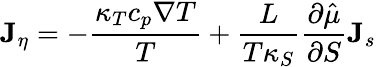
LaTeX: {\mathbf J}_{\eta}=-\frac{\kappa_{T}c_{p}\nabla T}{T}+\frac{L}{T\kappa_{S}}\frac{\partial\hat{\mu}}{\partial S}{\mathbf J}_{s}